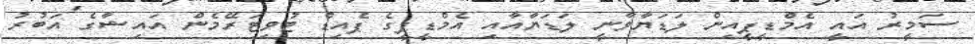
ސަމީރު އައީ އެމްޑީޕީއިން ލަޑަޔާވާނީ ލަޑަޔާއާއި އެމްޑީޕީގެ ޕެއިޑް ޓުވިޓަރޭމެން އައިޝާގެ އަބުރު